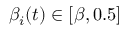
\beta _ { i } ( t ) \in [ \beta , 0 . 5 ]